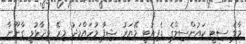
މާލެ ސިޓީ ކައުންސިލްގެ ޑެޕިއުޓީ މޭޔަރު ޝިފާ މުހައްމަދު މިރޭ ވިދާޅުވީ ގާނޫނާ